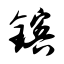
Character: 镔